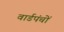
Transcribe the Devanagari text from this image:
वार्डपंचों